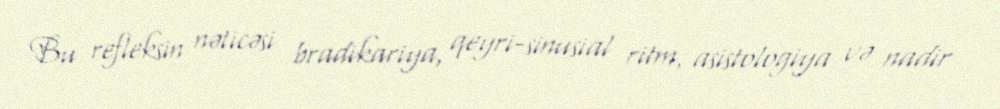
Bu refleksin nəticəsi bradikariya, qeyri-sinusial ritm, asistologiya və nadir